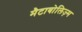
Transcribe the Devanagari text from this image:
मैटाबोलिज़्म